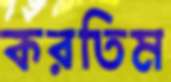
করতিম